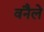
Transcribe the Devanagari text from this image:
वनैले